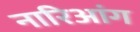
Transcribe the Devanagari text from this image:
नारिआंग